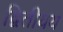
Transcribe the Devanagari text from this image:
द्वितीयय